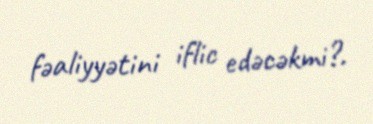
fəaliyyətini iflic edəcəkmi?.